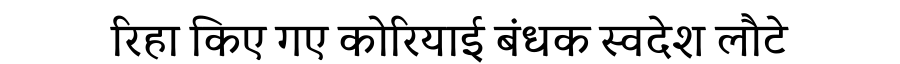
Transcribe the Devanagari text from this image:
रिहा किए गए कोरियाई बंधक स्वदेश लौटे